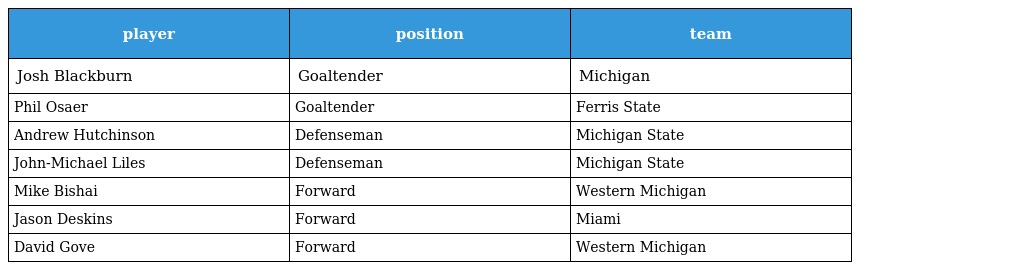
| player | position | team |
 | --- | --- | --- |
 | Josh Blackburn | Goaltender | Michigan |
 | Phil Osaer | Goaltender | Ferris State |
 | Andrew Hutchinson | Defenseman | Michigan State |
 | John-Michael Liles | Defenseman | Michigan State |
 | Mike Bishai | Forward | Western Michigan |
 | Jason Deskins | Forward | Miami |
 | David Gove | Forward | Western Michigan |